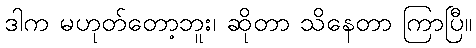
ဒါက မဟုတ်တော့ဘူး၊ ဆိုတာ သိနေတာ ကြာပြီ။